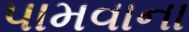
પામવાના